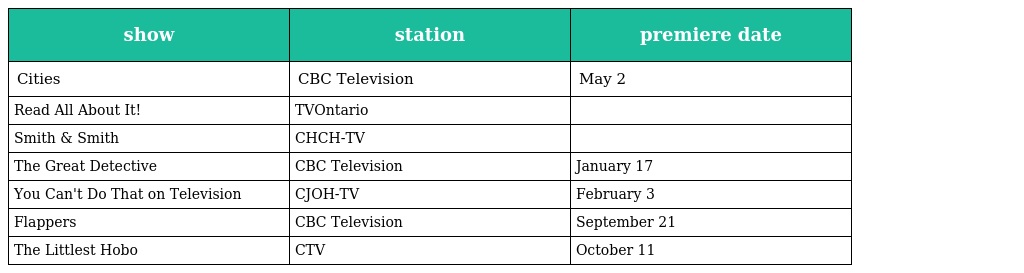
| show | station | premiere date |
 | --- | --- | --- |
 | Cities | CBC Television | May 2 |
 | Read All About It! | TVOntario |  |
 | Smith & Smith | CHCH-TV |  |
 | The Great Detective | CBC Television | January 17 |
 | You Can't Do That on Television | CJOH-TV | February 3 |
 | Flappers | CBC Television | September 21 |
 | The Littlest Hobo | CTV | October 11 |